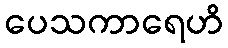
ပေသကာရေဟိ